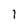
Character: 1